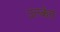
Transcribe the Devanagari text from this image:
उल्केत